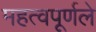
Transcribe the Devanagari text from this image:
महत्वपूर्णले